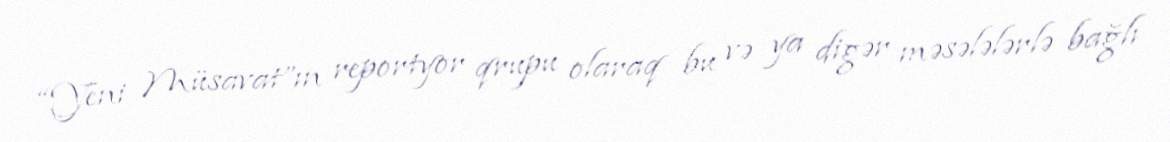
“Yeni Müsavat”ın reportyor qrupu olaraq bu və ya digər məsələlərlə bağlı